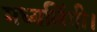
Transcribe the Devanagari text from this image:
मध्यलिंगी।